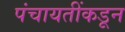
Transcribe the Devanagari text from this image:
पंचायतींकडून